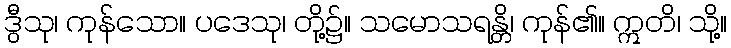
ဒွီသု၊ ကုန်သော။ ပဒေသု၊ တို့၌။ သမောသရန္တိ၊ ကုန်၏။ ဣတိ၊ သို့။